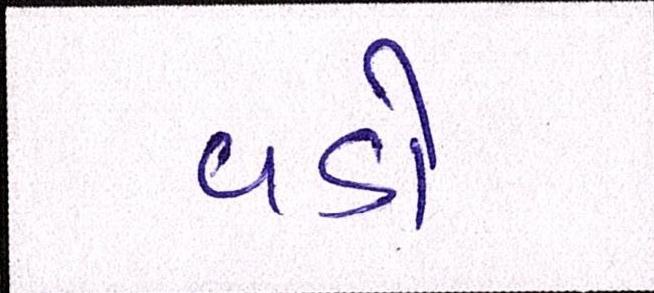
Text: વડો